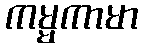
ကမ္မကာမာ